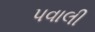
પવાલી